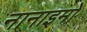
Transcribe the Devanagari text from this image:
नानाइमो